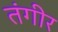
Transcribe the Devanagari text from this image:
तंगीर